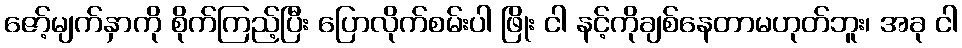
ဇော့်မျက်နှာကို စိုက်ကြည့်ပြီး ပြောလိုက်စမ်းပါ ဖြိုး ငါ နင့်ကိုချစ်နေတာမဟုတ်ဘူး၊ အခု ငါ